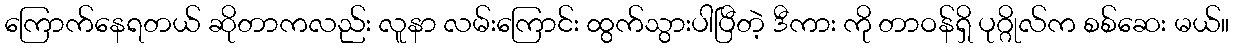
ကြောက်နေရတယ် ဆိုတာကလည်း လူနာ လမ်းကြောင်း ထွက်သွားပါပြီတဲ့ ဒီကား ကို တာဝန်ရှိ ပုဂ္ဂိုလ်က စစ်ဆေး မယ်။